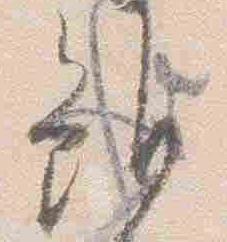
雖